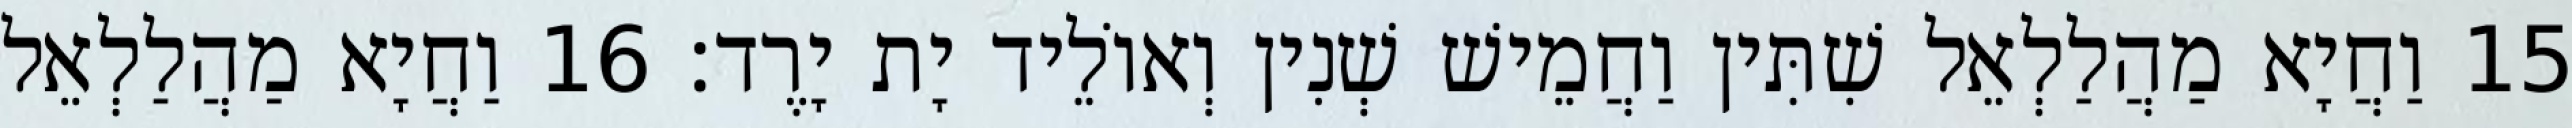
15 וַחֲיָא מַהֲלַלְאֵל שִׁתִּין וַחֲמֵישׁ שְׁנִין וְאוֹלֵיד יָת יָרֶד׃ 16 וַחֲיָא מַהֲלַלְאֵל